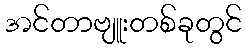
အင်တာဗျူးတစ်ခုတွင်